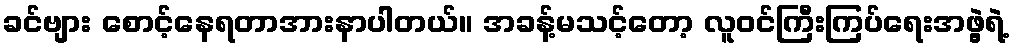
ခင်ဗျား စောင့်နေရတာအားနာပါတယ်။ အခန့်မသင့်တော့ လူဝင်ကြီးကြပ်ရေးအဖွဲ့ရဲ့